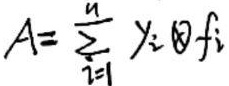
\[ A = \sum_{i = 1}^{n} \gamma_{i} \otimes f_{i} \]